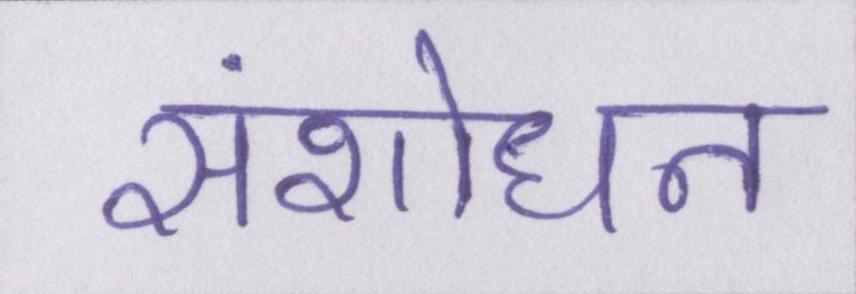
संशोधन